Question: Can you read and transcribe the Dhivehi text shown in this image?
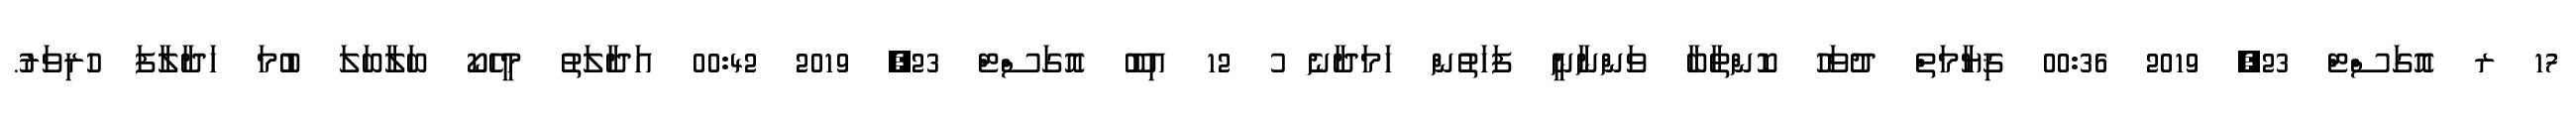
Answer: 17 ރ އޮގަސްޓް 23, 2019 00:36 ޤިޔާމަތް ދުވަހު ކޮންތާބާ ވަންނާނީ ފަހަތުން ހަމަދާނެ ު 12 އިބޫ އޮގަސްޓް 23, 2019 00:42 އަދާލަތު މީހެކޯ ބަލާބަލަ ބުމަ ހަދާލާފަ ހުރިވަރު.